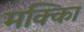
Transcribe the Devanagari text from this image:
मक्काि